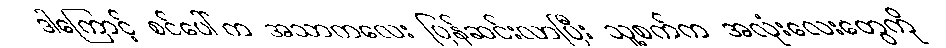
ဒါကြောင့် စင်ပေါ်က အသာကလေး ပြန်ဆင်းလာပြီး သူ့စက်က အလုံးလေးတွေကို